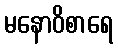
မနောဝိစာရေ